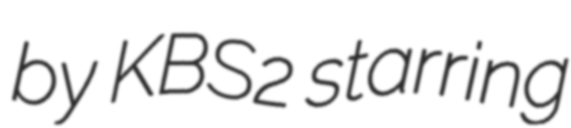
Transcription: by KBS2 starring